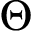
\Theta